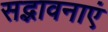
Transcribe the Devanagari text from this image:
सद्भावनाएं